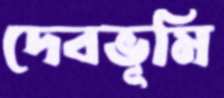
দেবভূমি